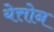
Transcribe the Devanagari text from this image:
येत्तोन